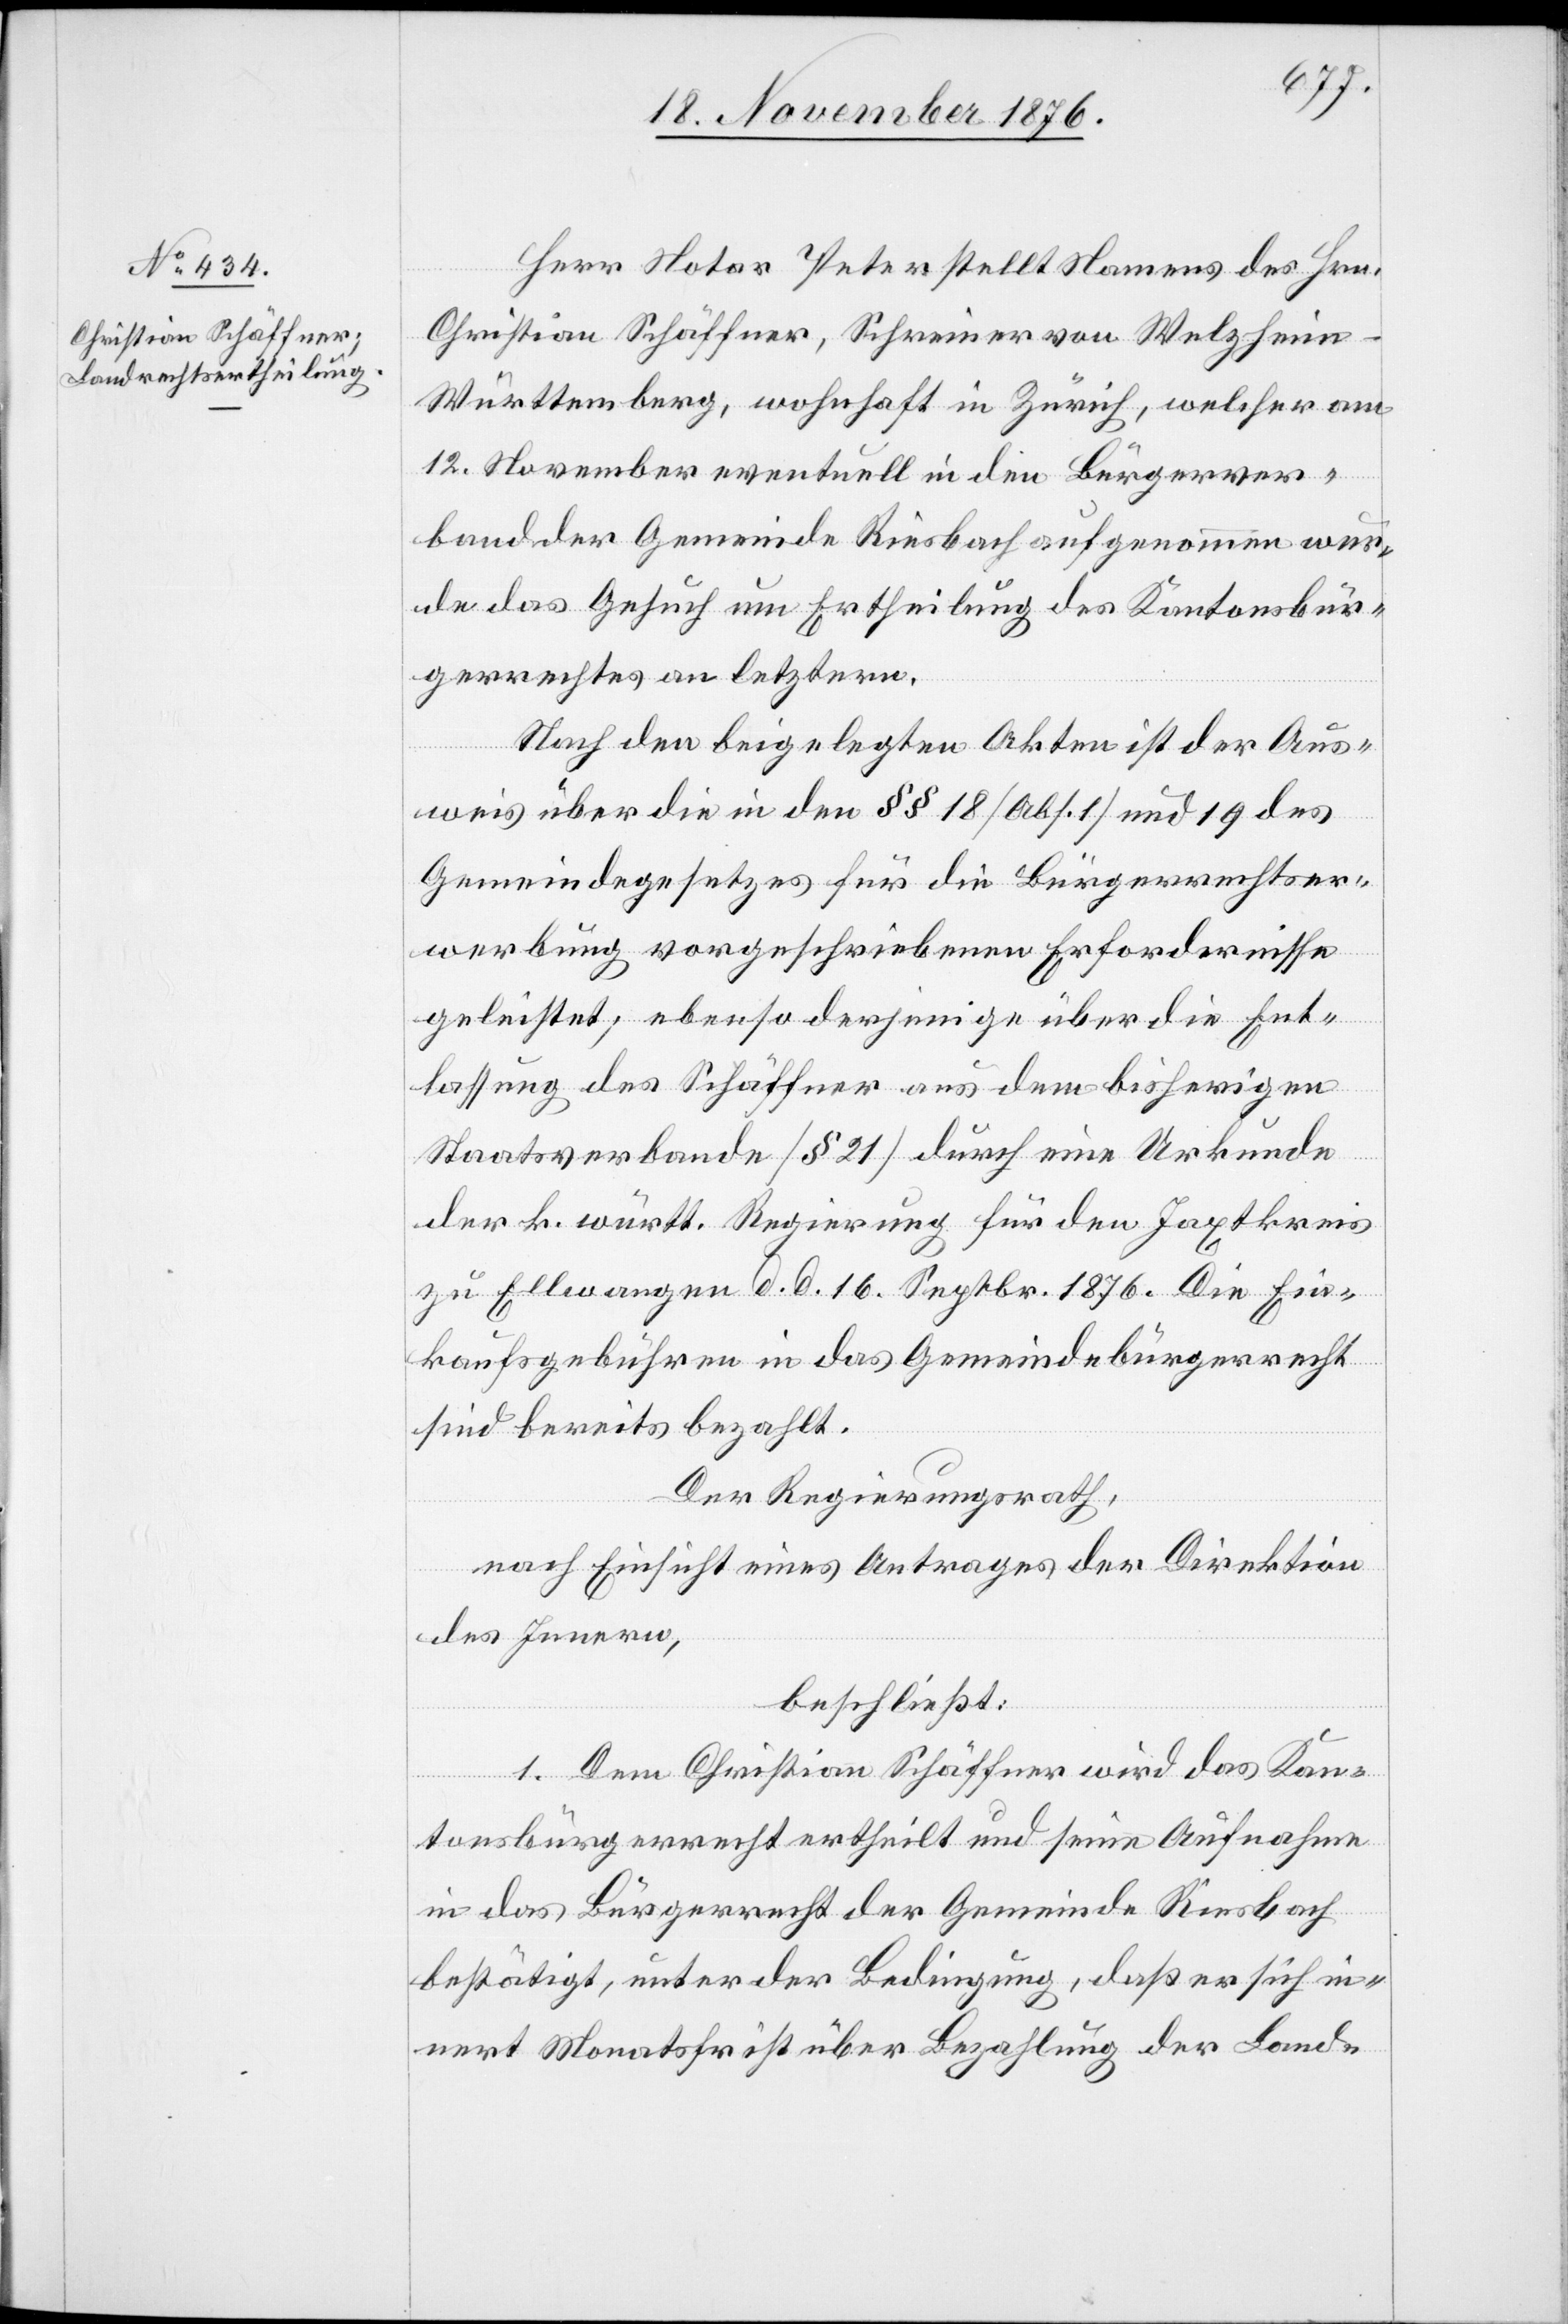
Herr Notar Peter stellt Namens des Hrn.
Christian Schäffner, Schreiner von Welzheim
Württemberg, wohnhaft in Zürich, welcher am
12. November eventuell in den Bürgerver¬
band der Gemeinde Riesbach aufgenommen wur¬
de das Gesuch um Ertheilung des Kantonsbür¬
gerrechtes an letztere.
Nach den beigelegten Akten ist der Aus¬
weis über die in den §§ 18 [Abs. 1] und 19 des
Gemeindegesetzes für die Bürgerrechtser¬
werbung vorgeschriebenen Erfordernisse
geleistet; ebenso derjenige über die Ent¬
lassung des Schäffner aus dem bisherigen
Staatsverbande [§ 21] durch eine Urkunde
der k. württ. Regierung für den Taxtkreis
zu Ellwangen d. d. 16. Septbr. 1876. Die Ein¬
kaufsgebühren in das Gemeindebürgerrecht
sind bereits bezahlt.
Der Regierungsrath,
nach Einsicht eines Antrages der Direktion
des Innern,
beschließt:
1. Dem Christian Schäffner wird das Kan¬
tonsbürgerrecht ertheilt und seine Aufnahme
in das Bürgerrecht der Gemeinde Riesbach
bestätigt, unter der Bedingung, daß er sich in¬
nert Monatsfrist über Bezahlung der Land-